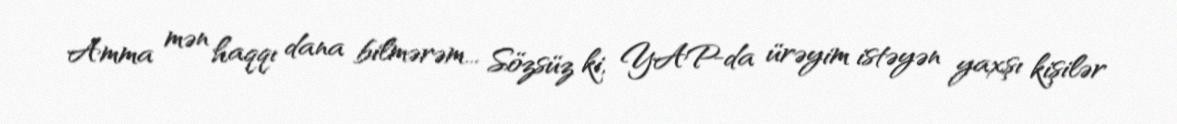
Amma mən haqqı dana bilmərəm... Sözsüz ki, YAP-da ürəyim istəyən yaxşı kişilər